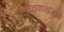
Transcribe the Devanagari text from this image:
विद्याशाखांमध्ये